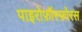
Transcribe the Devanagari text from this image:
पाइरोफ़ॉस्फ़ोरस